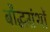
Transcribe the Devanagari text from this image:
बौद्धग्रंथों